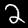
Digit: 2